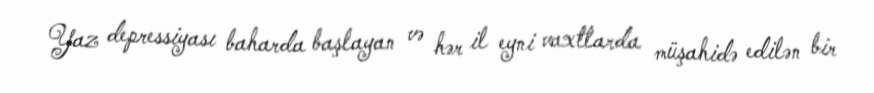
Yaz depressiyası baharda başlayan və hər il eyni vaxtlarda müşahidə edilən bir